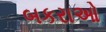
બકરાઓ